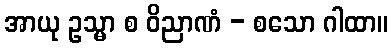
အာယု ဥသ္မာ စ ဝိညာဏံ - စသော ဂါထာ။